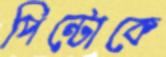
পিন্টোকে